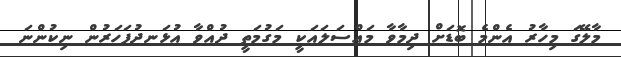
މާލޭގަ މިހާރު އެންމެ ބޮޑަށް ދިމާވާ މައްސަލައަކީ މަގުމަތީ ދުއްވާ އުޅަނދުފަހަރުން ނިކުންނަ